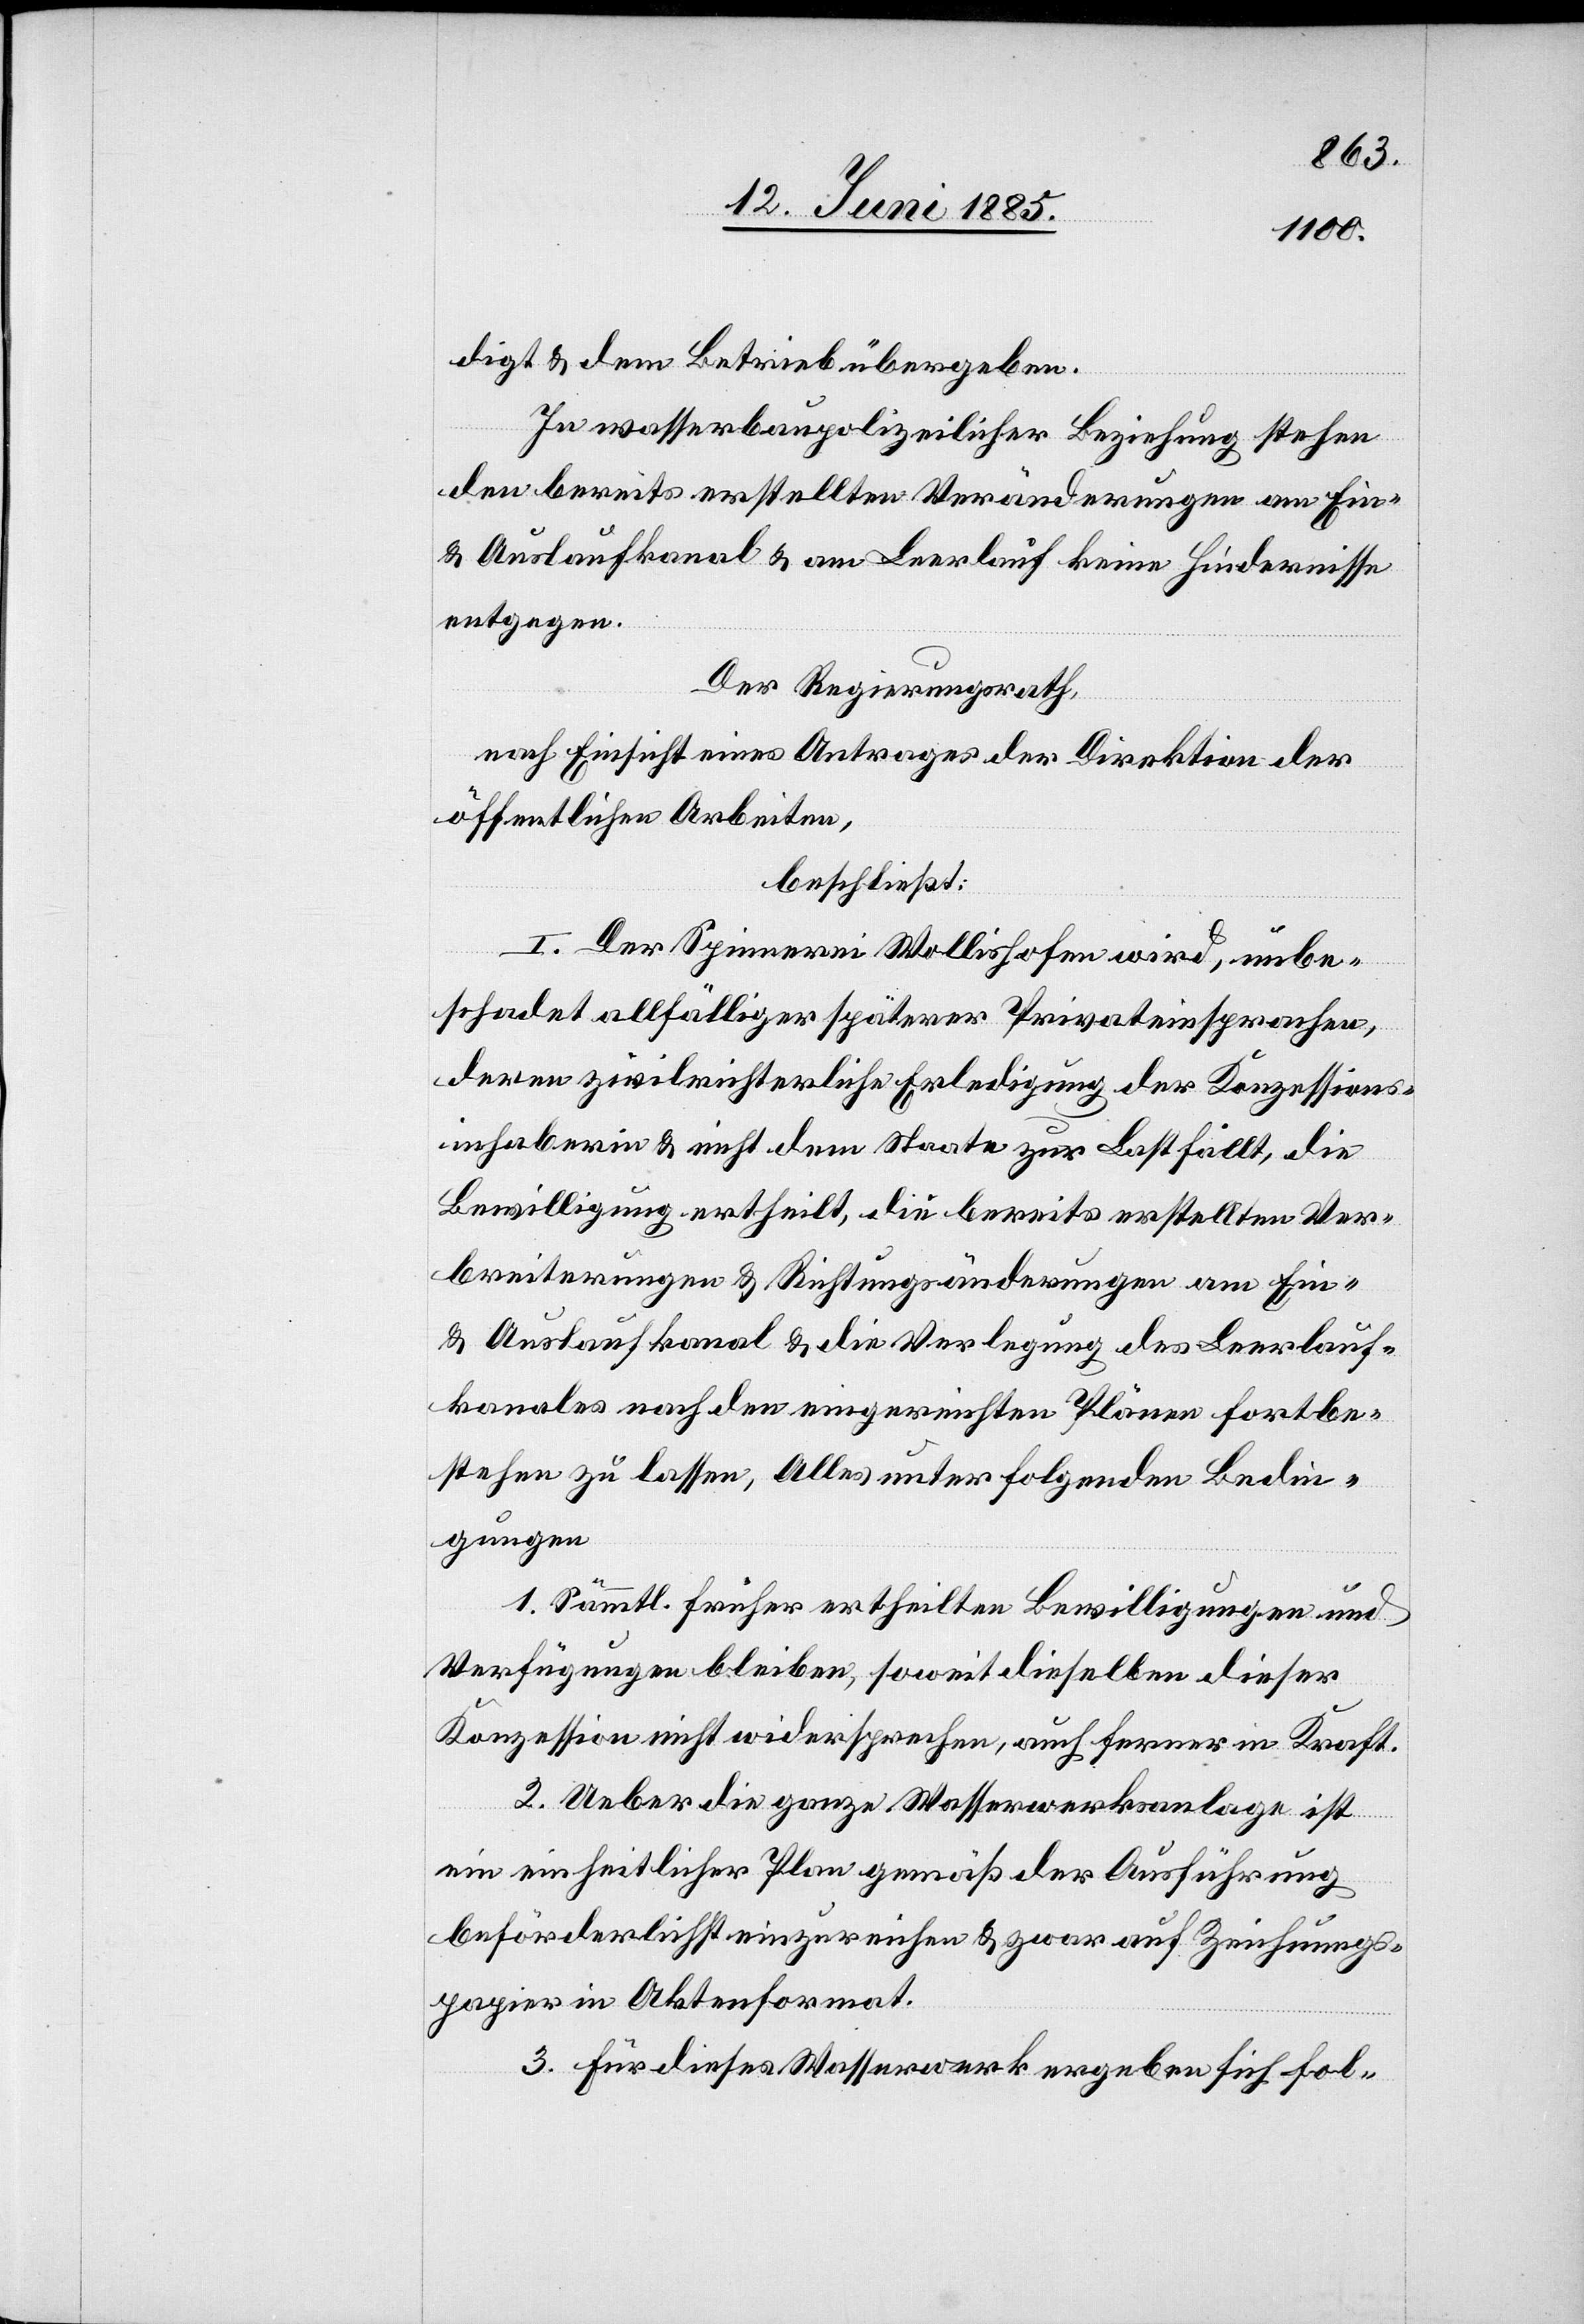
digt & dem Betrieb übergeben.
In wasserbaupolizeilicher Beziehung stehen
den bereits erstellten Veränderungen am Ein-
& Auslaufkanal & am Leerlauf keine Hindernisse
entgegen.
Der Regierungsrath,
nach Einsicht eines Antrages der Direktion der
öffentlichen Arbeiten,
beschließt:
I. Der Spinnerei Wollishofen wird, unbe¬
schadet allfälliger späterer Privateinsprachen,
deren zivilrichterliche Erledigung der Konzessions¬
inhaberin & nicht dem Staate zur Last fällt, die
Bewilligung ertheilt, die bereits erstellten Ver¬
breiterungen & Richtungsänderungen am Ein-
& Auslaufkanal & die Verlegung des Leerlauf¬
kanales nach den eingereichten Plänen fortbe¬
stehen zu lassen, Alles unter folgenden Bedin¬
gungen
1. Sämmtl. früher ertheilten Bewilligungen und
Verfügungen bleiben, soweit dieselben dieser
Konzession nicht widersprechen, auch ferner in Kraft.
2. Ueber die ganze Wasserwerksanlage ist
ein einheitlicher Plan gemäß der Ausführung
beförderlichst einzureichen & zwar auf Zeichnungs¬
papier in Aktenformat.
3. Für dieses Wasserwerk ergeben sich fol-